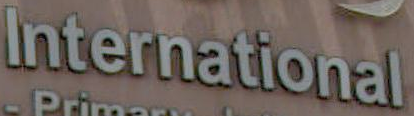
International